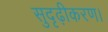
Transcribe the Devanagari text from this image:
सुदृढ़ीकरण।